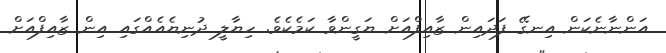
އަންނާނެކަން އިނގޭ ފަދައިން ޒާއިފްއަށް ޔަގީންވާ ކަމެކެވެ. ހިޔާލީ ދުނިޔެއެއްގައި އިން ޒާއިފްއަށް